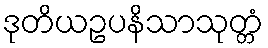
ဒုတိယဥပနိသာသုတ္တံ